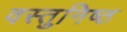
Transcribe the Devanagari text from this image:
वस्‍तुनिष्‍ठ